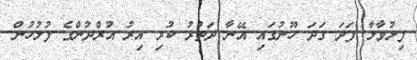
ފިލުވާލާ ފަދަ ގަދަ ހޫނުގައި އޭނާ ދަތުރު ކުރި އިރު އުރްދުންގެ ފުލުހުން